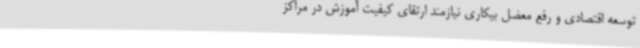
توسعه اقتصادی و رفع معضل بیکاری نیازمند ارتقای کیفیت آموزش در مراکز